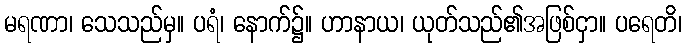
မရဏာ၊ သေသည်မှ။ ပရံ၊ နောက်၌။ ဟာနာယ၊ ယုတ်သည်၏အဖြစ်ငှာ။ ပရေတိ၊